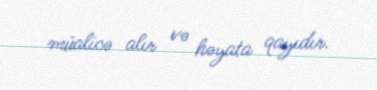
müalicə alır və həyata qayıdır.